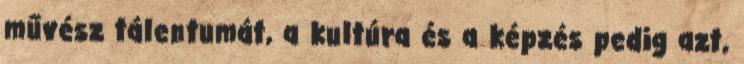
művész tálentumát, a kultúra és a képzés pedig azt,